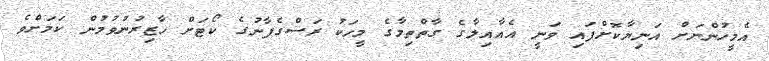
އެމީހުންނަށް އަނިޔާކޮށްފައި ވަނީ އެއާއިލާގެ ގާތްތިމާގެ މީހަކު ރަސްގެފާނުގެ ކޯޓަށް ހާޒިރުނުވުމުން ކަމަށްވެ